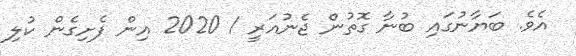
އެވެ. ބަޔާނުގައި ބުނާ ގޮތުން ޖެނުއަރީ 1 2020 އިން ފެށިގެން ކުލި